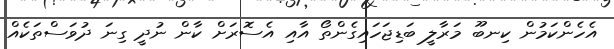
އެހެންކަމުން ކިނބޫ މަރާލީ ބަޑިޖަހައިގެންތޯ އާއި އެސޮރަށް ކާން ނުދީ ގިނަ ދުވަސްތަކެއް